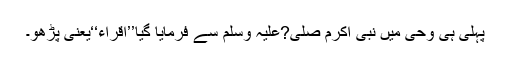
پہلی ہی وحی میں نبی اکرم صلی?علیہ وسلم سے فرمایا گیا’’اقراء‘‘یعنی پڑھو۔